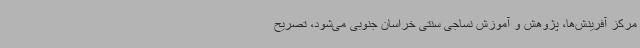
مرکز آفرینش‌ها، پژوهش و آموزش نساجی سنتی خراسان جنوبی می‌شود، تصریح